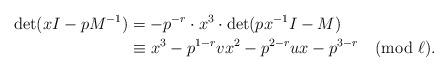
LaTeX: \begin{align*}\det(xI-p M^{-1})& =-p^{-r} \cdot x^3 \cdot \det(p x^{-1} I - M) \\& \equiv x^3-p^{1-r} v x^2-p^{2-r} u x-p^{3-r} \pmod{\ell}. \end{align*}